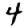
Digit: 4